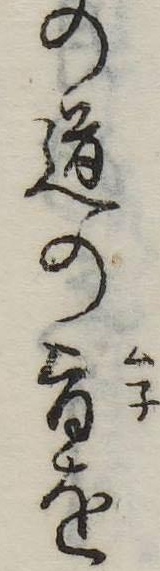
の道の旨を